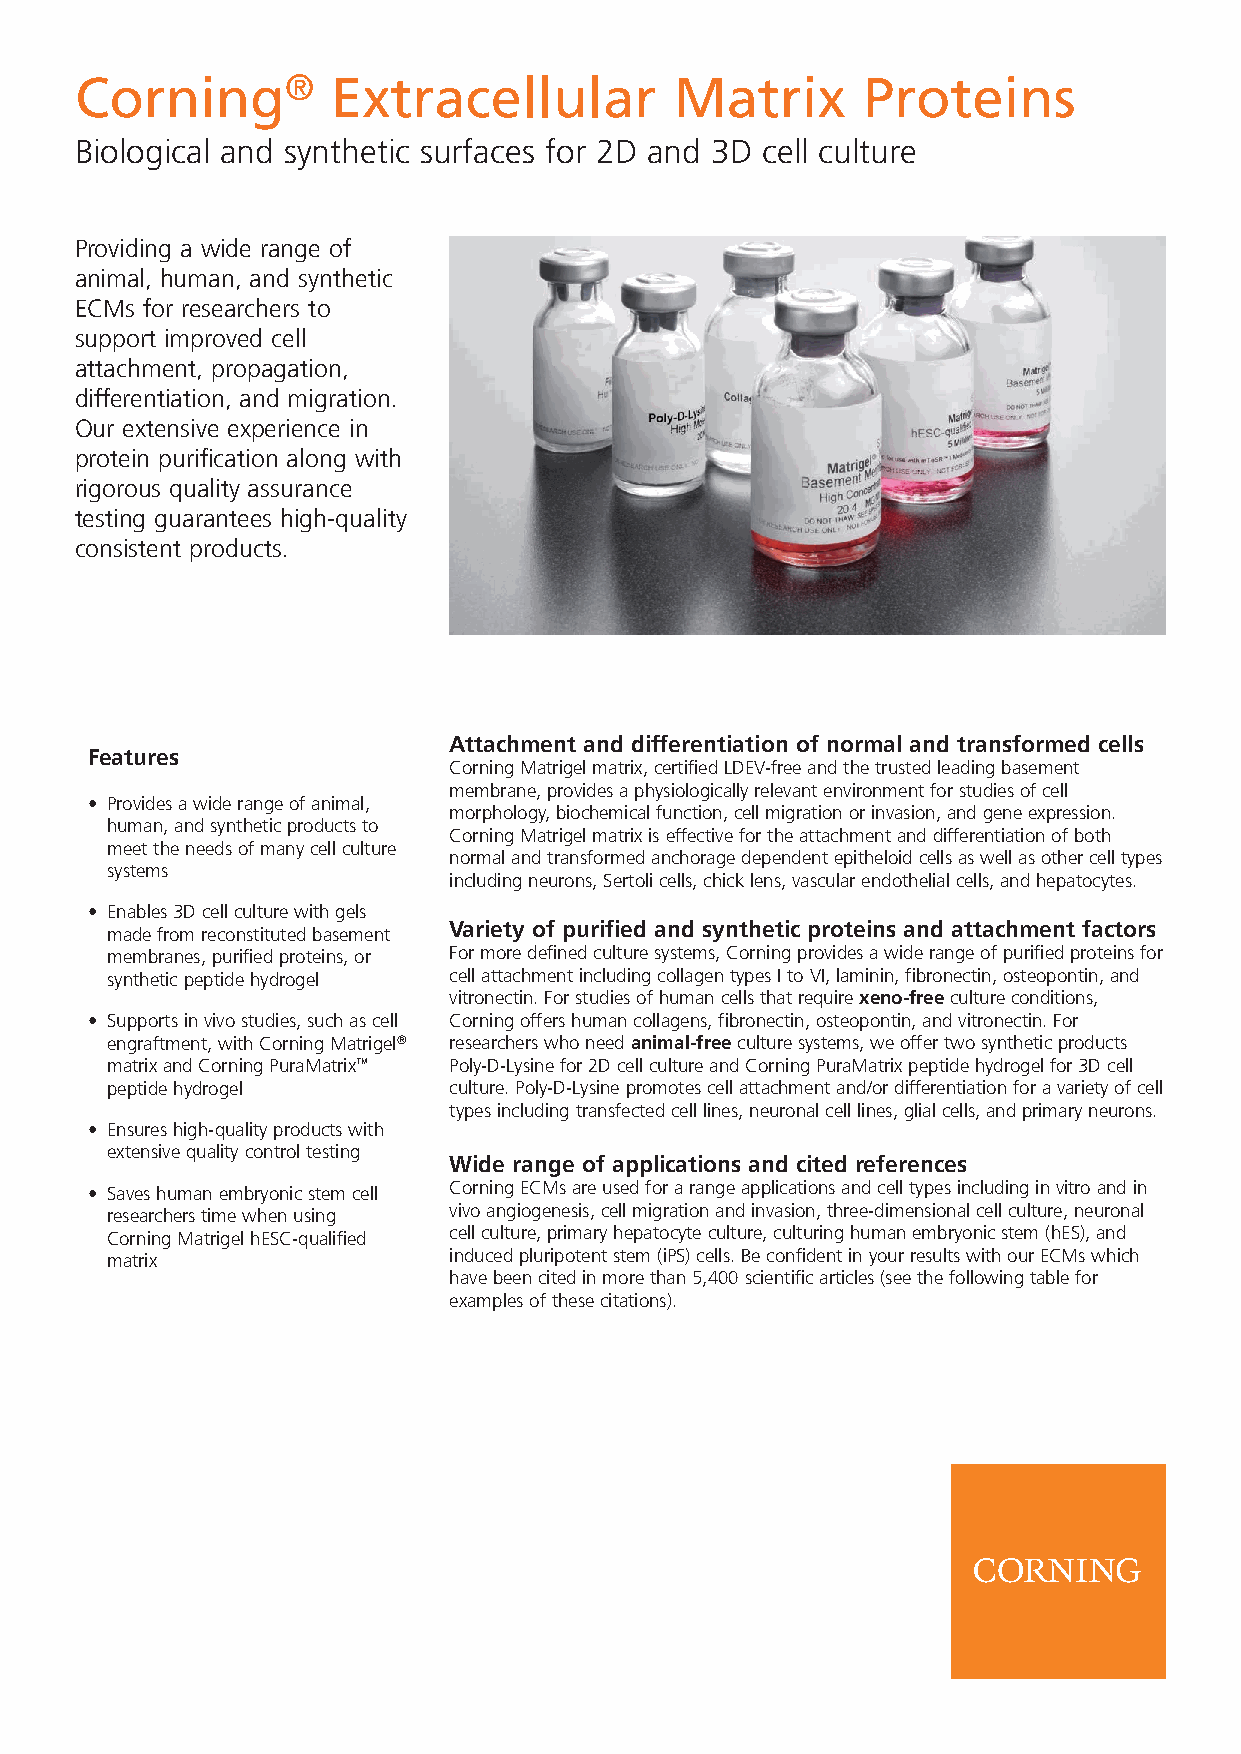
Corning®         Extracellular          Matrix      Proteins
 Biological and synthetic surfaces for 2D and 3D cell culture
 Providing a wide range of
 animal, human, and synthetic
 ECMs for researchers to
 support improved cell
 attachment, propagation,
 differentiation, and migration.
 Our extensive experience in
 protein purification along with
 rigorous quality assurance
 testing guarantees high-quality
 consistent products.
 Attachment and differentiation of normal and transformed cells
 Features
 Corning Matrigel matrix, certified LDEV-free and the trusted leading basement
 membrane, provides a physiologically relevant environment for studies of cell
 • Provides a wide range of animal,
 morphology, biochemical function, cell migration or invasion, and gene expression.
 human, and synthetic products to
 Corning Matrigel matrix is effective for the attachment and differentiation of both
 meet the needs of many cell culture
 normal and transformed anchorage dependent epitheloid cells as well as other cell types
 systems
 including neurons, Sertoli cells, chick lens, vascular endothelial cells, and hepatocytes.
 • Enables 3D cell culture with gels
 Variety of purified and synthetic proteins and attachment factors
 made from reconstituted basement
 membranes, purified proteins, or For more defined culture systems, Corning provides a wide range of purified proteins for
 synthetic peptide hydrogel cell attachment including collagen types I to VI, laminin, fibronectin, osteopontin, and
 vitronectin. For studies of human cells that require xeno-free culture conditions,
 • Supports in vivo studies, such as cell Corning offers human collagens, fibronectin, osteopontin, and vitronectin. For
 engraftment, with Corning Matrigel® researchers who need animal-free culture systems, we offer two synthetic products
 matrix and Corning PuraMatrix™ Poly-D-Lysine for 2D cell culture and Corning PuraMatrix peptide hydrogel for 3D cell
 peptide hydrogel       culture. Poly-D-Lysine promotes cell attachment and/or differentiation for a variety of cell
 types including transfected cell lines, neuronal cell lines, glial cells, and primary neurons.
 • Ensures high-quality products with
 extensive quality control testing
 Wide range of applications and cited references
 • Saves human embryonic stem cell Corning ECMs are used for a range applications and cell types including in vitro and in
 researchers time when using vivo angiogenesis, cell migration and invasion, three-dimensional cell culture, neuronal
 Corning Matrigel hESC-qualified cell culture, primary hepatocyte culture, culturing human embryonic stem (hES), and
 matrix                 induced pluripotent stem (iPS) cells. Be confident in your results with our ECMs which
 have been cited in more than 5,400 scientific articles (see the following table for
 examples of these citations).